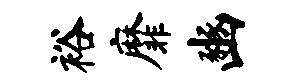
裕靡豳